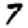
Digit: 7